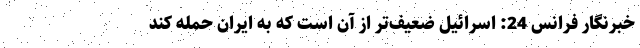
خبرنگار فرانس 24: اسرائیل ضعیف‌تر از آن است که به ایران حمله کند